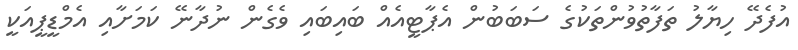
އުފެދޭ ހިޔާލު ތަފާތުވުންތަކުގެ ސަބަބުން އެޕާޓީއެއް ބައިބައި ވެގެން ނުދާނޭ ކަމަށާއި އެމްޑީޕީއަކީ